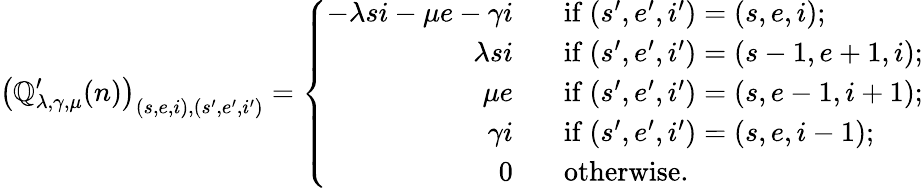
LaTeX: \left(\mathbb{Q}_{\lambda,\gamma,\mu}^{\prime}(n)\right)_{(s,e,i),(s^{\prime},e^{\prime},i^{\prime})}=\left\{ \begin{array}{ll}{\begin{array}{rl}{-\lambda si-\mu e-\gamma i\; \; }&{\mathrm{~if~}(s^{\prime},e^{\prime},i^{\prime})=(s,e,i);}\\ {\lambda si\; \; }&{\mathrm{~if~}(s^{\prime},e^{\prime},i^{\prime})=(s-1,e+1,i);}\\ {\mu e\; \; }&{\mathrm{~if~}(s^{\prime},e^{\prime},i^{\prime})=(s,e-1,i+1);}\\ {\gamma i\; \; }&{\mathrm{~if~}(s^{\prime},e^{\prime},i^{\prime})=(s,e,i-1);}\\ {0\; \; }&{\mathrm{~otherwise.}}\end{array}}\end{array}\right.